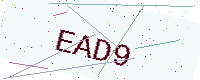
Text: EAD9